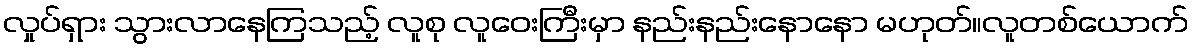
လှုပ်ရှား သွားလာနေကြသည့် လူစု လူဝေးကြီးမှာ နည်းနည်းနောနော မဟုတ်။လူတစ်ယောက်